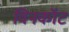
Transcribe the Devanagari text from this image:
विनकॉट